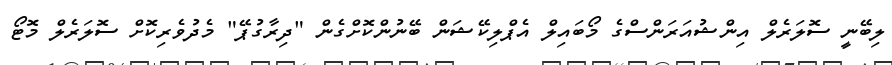
ލިބޭނީ ސޮލަރެލް އިންޝުއަރަންސްގެ މޯބައިލް އެޕްލިކޭޝަން ބޭނުންކޮށްގެން "ދިރާގުޕޭ" މެދުވެރިކޮށް ސޮލަރެލް މޮޓޯ